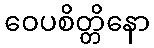
ဝေပစိတ္တိနော